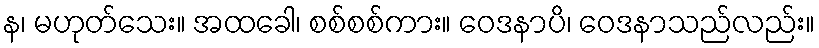
န၊ မဟုတ်သေး။ အထခေါ၊ စစ်စစ်ကား။ ဝေဒနာပိ၊ ဝေဒနာသည်လည်း။